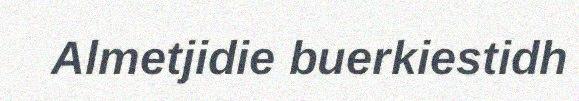
Almetjidie buerkiestidh